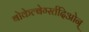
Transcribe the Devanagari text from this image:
बोकेल्बेर्ग्स्तदिओन्